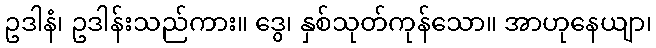
ဥဒါနံ၊ ဥဒါန်းသည်ကား။ ဒွေ၊ နှစ်သုတ်ကုန်သော။ အာဟုနေယျာ၊